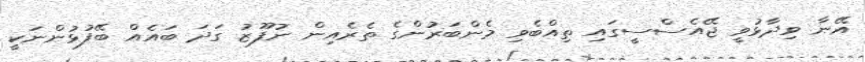
އޭނާ ވިދާޅުވީ ޖޭއެސްސީގައި ތިއްބެވި މެންބަރުންގެ ތެރެއިން ނުފޫޒު ގަދަ ބައެއް ބޭފުޅުންނަކީ